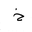
Letter: _kha